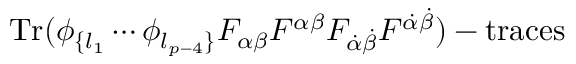
\mathrm { T r } ( \phi _ { \{ l _ { 1 } } \cdots \phi _ { l _ { p - 4 } \} } F _ { \alpha \beta } F ^ { \alpha \beta } F _ { \dot { \alpha } \dot { \beta } } F ^ { \dot { \alpha } \dot { \beta } } ) - \mathrm { t r a c e s }